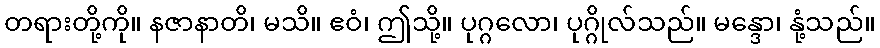
တရားတို့ကို။ နဇာနာတိ၊ မသိ။ ဧဝံ၊ ဤသို့။ ပုဂ္ဂလော၊ ပုဂ္ဂိုလ်သည်။ မန္ဒော၊ နုံ့သည်။